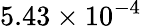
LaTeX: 5.43\times 10^{-4}